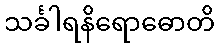
သင်္ခါရနိရောဓောတိ